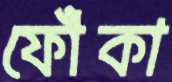
ফোঁকা